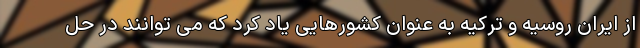
از ایران روسیه و ترکیه به عنوان کشورهایی یاد کرد که می توانند در حل